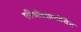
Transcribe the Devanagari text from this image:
एरिथ्रोब्लास्टोसिस